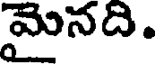
మైనది.